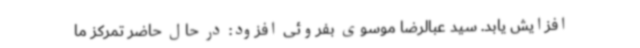
افزایش یابد. سید عبالرضا موسوی بفروئی افزود: در حال حاضر تمرکز ما